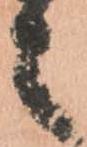
之